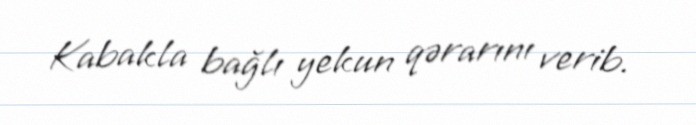
Kabakla bağlı yekun qərarını verib.